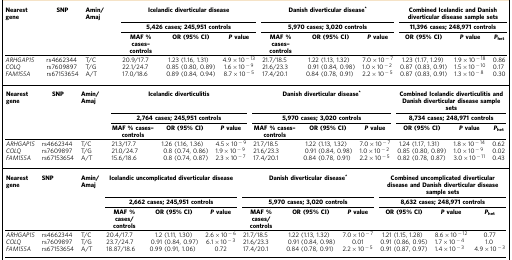
<table><thead><tr><td><b>Nearest gene</b></td><td><b>SNP</b></td><td><b>Amin/Amaj</b></td><td colspan="3"><b>Icelandic diverticular disease</b></td><td colspan="3"><b>Danish diverticular disease*</b></td><td colspan="3"><b>Combined Icelandic and Danish diverticular disease sample sets</b></td></tr><tr><td><b> </b></td><td><b> </b></td><td><b> </b></td><td colspan="3"><b>5,426 cases; 245,951 controls</b></td><td colspan="3"><b>5,970 cases; 3,020 controls</b></td><td colspan="3"><b>11,396 cases; 248,971 controls</b></td></tr><tr><td><b> </b></td><td><b> </b></td><td><b> </b></td><td><b>MAF % cases–controls</b></td><td><b>OR (95% CI)</b></td><td><b><i>P</i>value</b></td><td><b>MAF % cases–controls</b></td><td><b>OR (95% CI)</b></td><td><b><i>P</i>value</b></td><td><b>OR (95% CI)</b></td><td><b><i>P</i>value</b></td><td><b><i>P</i><sub>het</sub></b></td></tr></thead><tbody><tr><td><i>ARHGAP15</i></td><td>rs4662344</td><td>T/C</td><td>20.9/17.7</td><td>1.23 (1.16, 1.31)</td><td>4.9 × 10<sup>−13</sup></td><td>21.7/18.5</td><td>1.22 (1.13, 1.32)</td><td>7.0 × 10<sup>−7</sup></td><td>1.23 (1.17, 1.29)</td><td>1.9 × 10<sup>−18</sup></td><td>0.86</td></tr><tr><td><i>COLQ</i></td><td>rs7609897</td><td>T/G</td><td>22.1/24.7</td><td>0.85 (0.80, 0.89)</td><td>1.6 × 10<sup>−9</sup></td><td>21.6/23.3</td><td>0.91 (0.84, 0.98)</td><td>1.0 × 10<sup>−2</sup></td><td>0.87 (0.83, 0.91)</td><td>1.5 × 10<sup>−10</sup></td><td>0.17</td></tr><tr><td><i>FAM155A</i></td><td>rs67153654</td><td>A/T</td><td>17.0/18.6</td><td>0.89 (0.84, 0.94)</td><td>8.7 × 10<sup>−5</sup></td><td>17.4/20.1</td><td>0.84 (0.78, 0.91)</td><td>2.2 × 10<sup>−5</sup></td><td>0.87 (0.83, 0.91)</td><td>1.3 × 10<sup>−8</sup></td><td>0.30</td></tr><tr><td><b>Nearest gene</b></td><td><b>SNP</b></td><td><b>Amin/Amaj</b></td><td colspan="3"><b>Icelandic diverticulitis</b></td><td colspan="3"><b>Danish diverticular disease</b>*</td><td colspan="3"><b>Combined Icelandic diverticulitis and Danish diverticular disease sample sets</b></td></tr><tr><td> </td><td> </td><td> </td><td colspan="3"><b>2,764 cases; 245,951 controls</b></td><td colspan="3"><b>5,970 cases; 3,020 controls</b></td><td colspan="3"><b>8,734 cases; 248,971 controls</b></td></tr><tr><td> </td><td> </td><td> </td><td><b>MAF % cases–controls</b></td><td><b>OR (95% CI)</b></td><td><i><b>P</b></i><b>value</b></td><td><b>MAF % cases–controls</b></td><td><b>OR (95% CI)</b></td><td><i><b>P</b></i><b>value</b></td><td><b>OR (95% CI)</b></td><td><i><b>P</b></i><b>value</b></td><td><i><b>P</b></i><sub><b>het</b></sub></td></tr><tr><td><i>ARHGAP15</i></td><td>rs4662344</td><td>T/C</td><td>21.3/17.7</td><td>1.26 (1.16, 1.36)</td><td>4.5 × 10<sup>−9</sup></td><td>21.7/18.5</td><td>1.22 (1.13, 1.32)</td><td>7.0 × 10<sup>−7</sup></td><td>1.24 (1.17, 1.31)</td><td>1.8 × 10<sup>−14</sup></td><td>0.62</td></tr><tr><td><i>COLQ</i></td><td>rs7609897</td><td>T/G</td><td>21.0/24.7</td><td>0.8 (0.74, 0.86)</td><td>1.9 × 10<sup>−9</sup></td><td>21.6/23.3</td><td>0.91 (0.84, 0.98)</td><td>1.0 × 10<sup>−2</sup></td><td>0.85 (0.80, 0.89)</td><td>1.0 × 10<sup>−9</sup></td><td>0.02</td></tr><tr><td><i>FAM155A</i></td><td>rs67153654</td><td>A/T</td><td>15.6/18.6</td><td>0.8 (0.74, 0.87)</td><td>2.3 × 10<sup>−7</sup></td><td>17.4/20.1</td><td>0.84 (0.78, 0.91)</td><td>2.2 × 10<sup>−5</sup></td><td>0.82 (0.78, 0.87)</td><td>3.0 × 10<sup>−11</sup></td><td>0.43</td></tr><tr><td><b>Nearest gene</b></td><td><b>SNP</b></td><td><b>Amin/Amaj</b></td><td colspan="3"><b>Icelandic uncomplicated diverticular disease</b></td><td colspan="3"><b>Danish diverticular disease</b>*</td><td colspan="3"><b>Combined uncomplicated diverticular disease and Danish diverticular disease sample sets</b></td></tr><tr><td> </td><td> </td><td> </td><td colspan="3"><b>2,662 cases; 245,951 controls</b></td><td colspan="3"><b>5,970 cases; 3,020 controls</b></td><td colspan="3"><b>8,632 cases; 248,971 controls</b></td></tr><tr><td> </td><td> </td><td> </td><td><b>MAF % cases/ controls</b></td><td><b>OR (95% CI)</b></td><td><i><b>P</b></i><b>value</b></td><td><b>MAF % cases/ controls</b></td><td><b>OR (95% CI)</b></td><td><i><b>P</b></i><b>value</b></td><td><b>OR (95% CI)</b></td><td><i><b>P</b></i><b>value</b></td><td><i><b>P</b></i><sub><b>het</b></sub></td></tr><tr><td><i>ARHGAP15</i></td><td>rs4662344</td><td>T/C</td><td>20.4/17.7</td><td>1.2 (1.11, 1.30)</td><td>2.6 × 10<sup>−6</sup></td><td>21.7/18.5</td><td>1.22 (1.13, 1.32)</td><td>7.0 × 10<sup>−7</sup></td><td>1.21 (1.15, 1.28)</td><td>8.6 × 10<sup>−12</sup></td><td>0.77</td></tr><tr><td><i>COLQ</i></td><td>rs7609897</td><td>T/G</td><td>23.7/24.7</td><td>0.91 (0.84, 0.97)</td><td>6.1 × 10<sup>−3</sup></td><td>21.6/23.3</td><td>0.91 (0.84, 0.98)</td><td>0.01</td><td>0.91 (0.86, 0.95)</td><td>1.7 × 10<sup>−4</sup></td><td>1.0</td></tr><tr><td><i>FAM155A</i></td><td>rs67153654</td><td>A/T</td><td>18.87/18.6</td><td>0.99 (0.91, 1.06)</td><td>0.72</td><td>17.4/20.1</td><td>0.84 (0.78, 0.91)</td><td>2.2 × 10<sup>−5</sup></td><td>0.91 (0.87, 0.97)</td><td>1.4 × 10<sup>−3</sup></td><td>4.9 × 10<sup>−3</sup></td></tr></tbody></table>